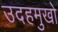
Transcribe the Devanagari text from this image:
उदहमुखो